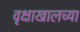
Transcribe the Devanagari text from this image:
वृक्षाखालच्या